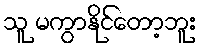
သူ မကွာနိုင်တော့ဘူး